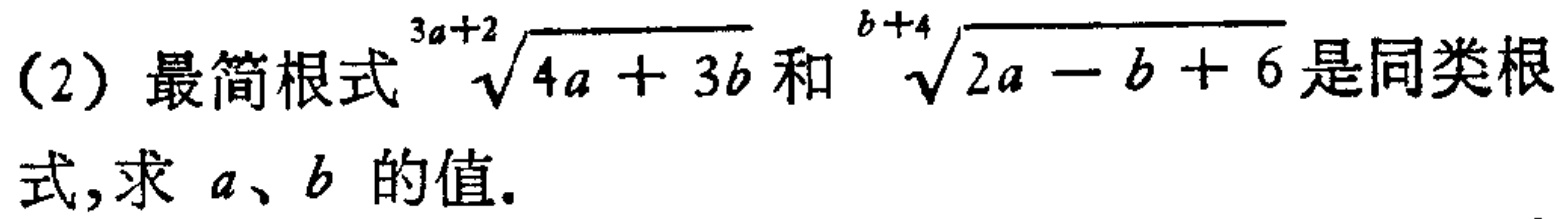
(2) 最简根式$\sqrt[3a + 2]{4a + 3b}$和$\sqrt[b + 4]{2a - b + 6}$是同类根式,求$a、b$的值.